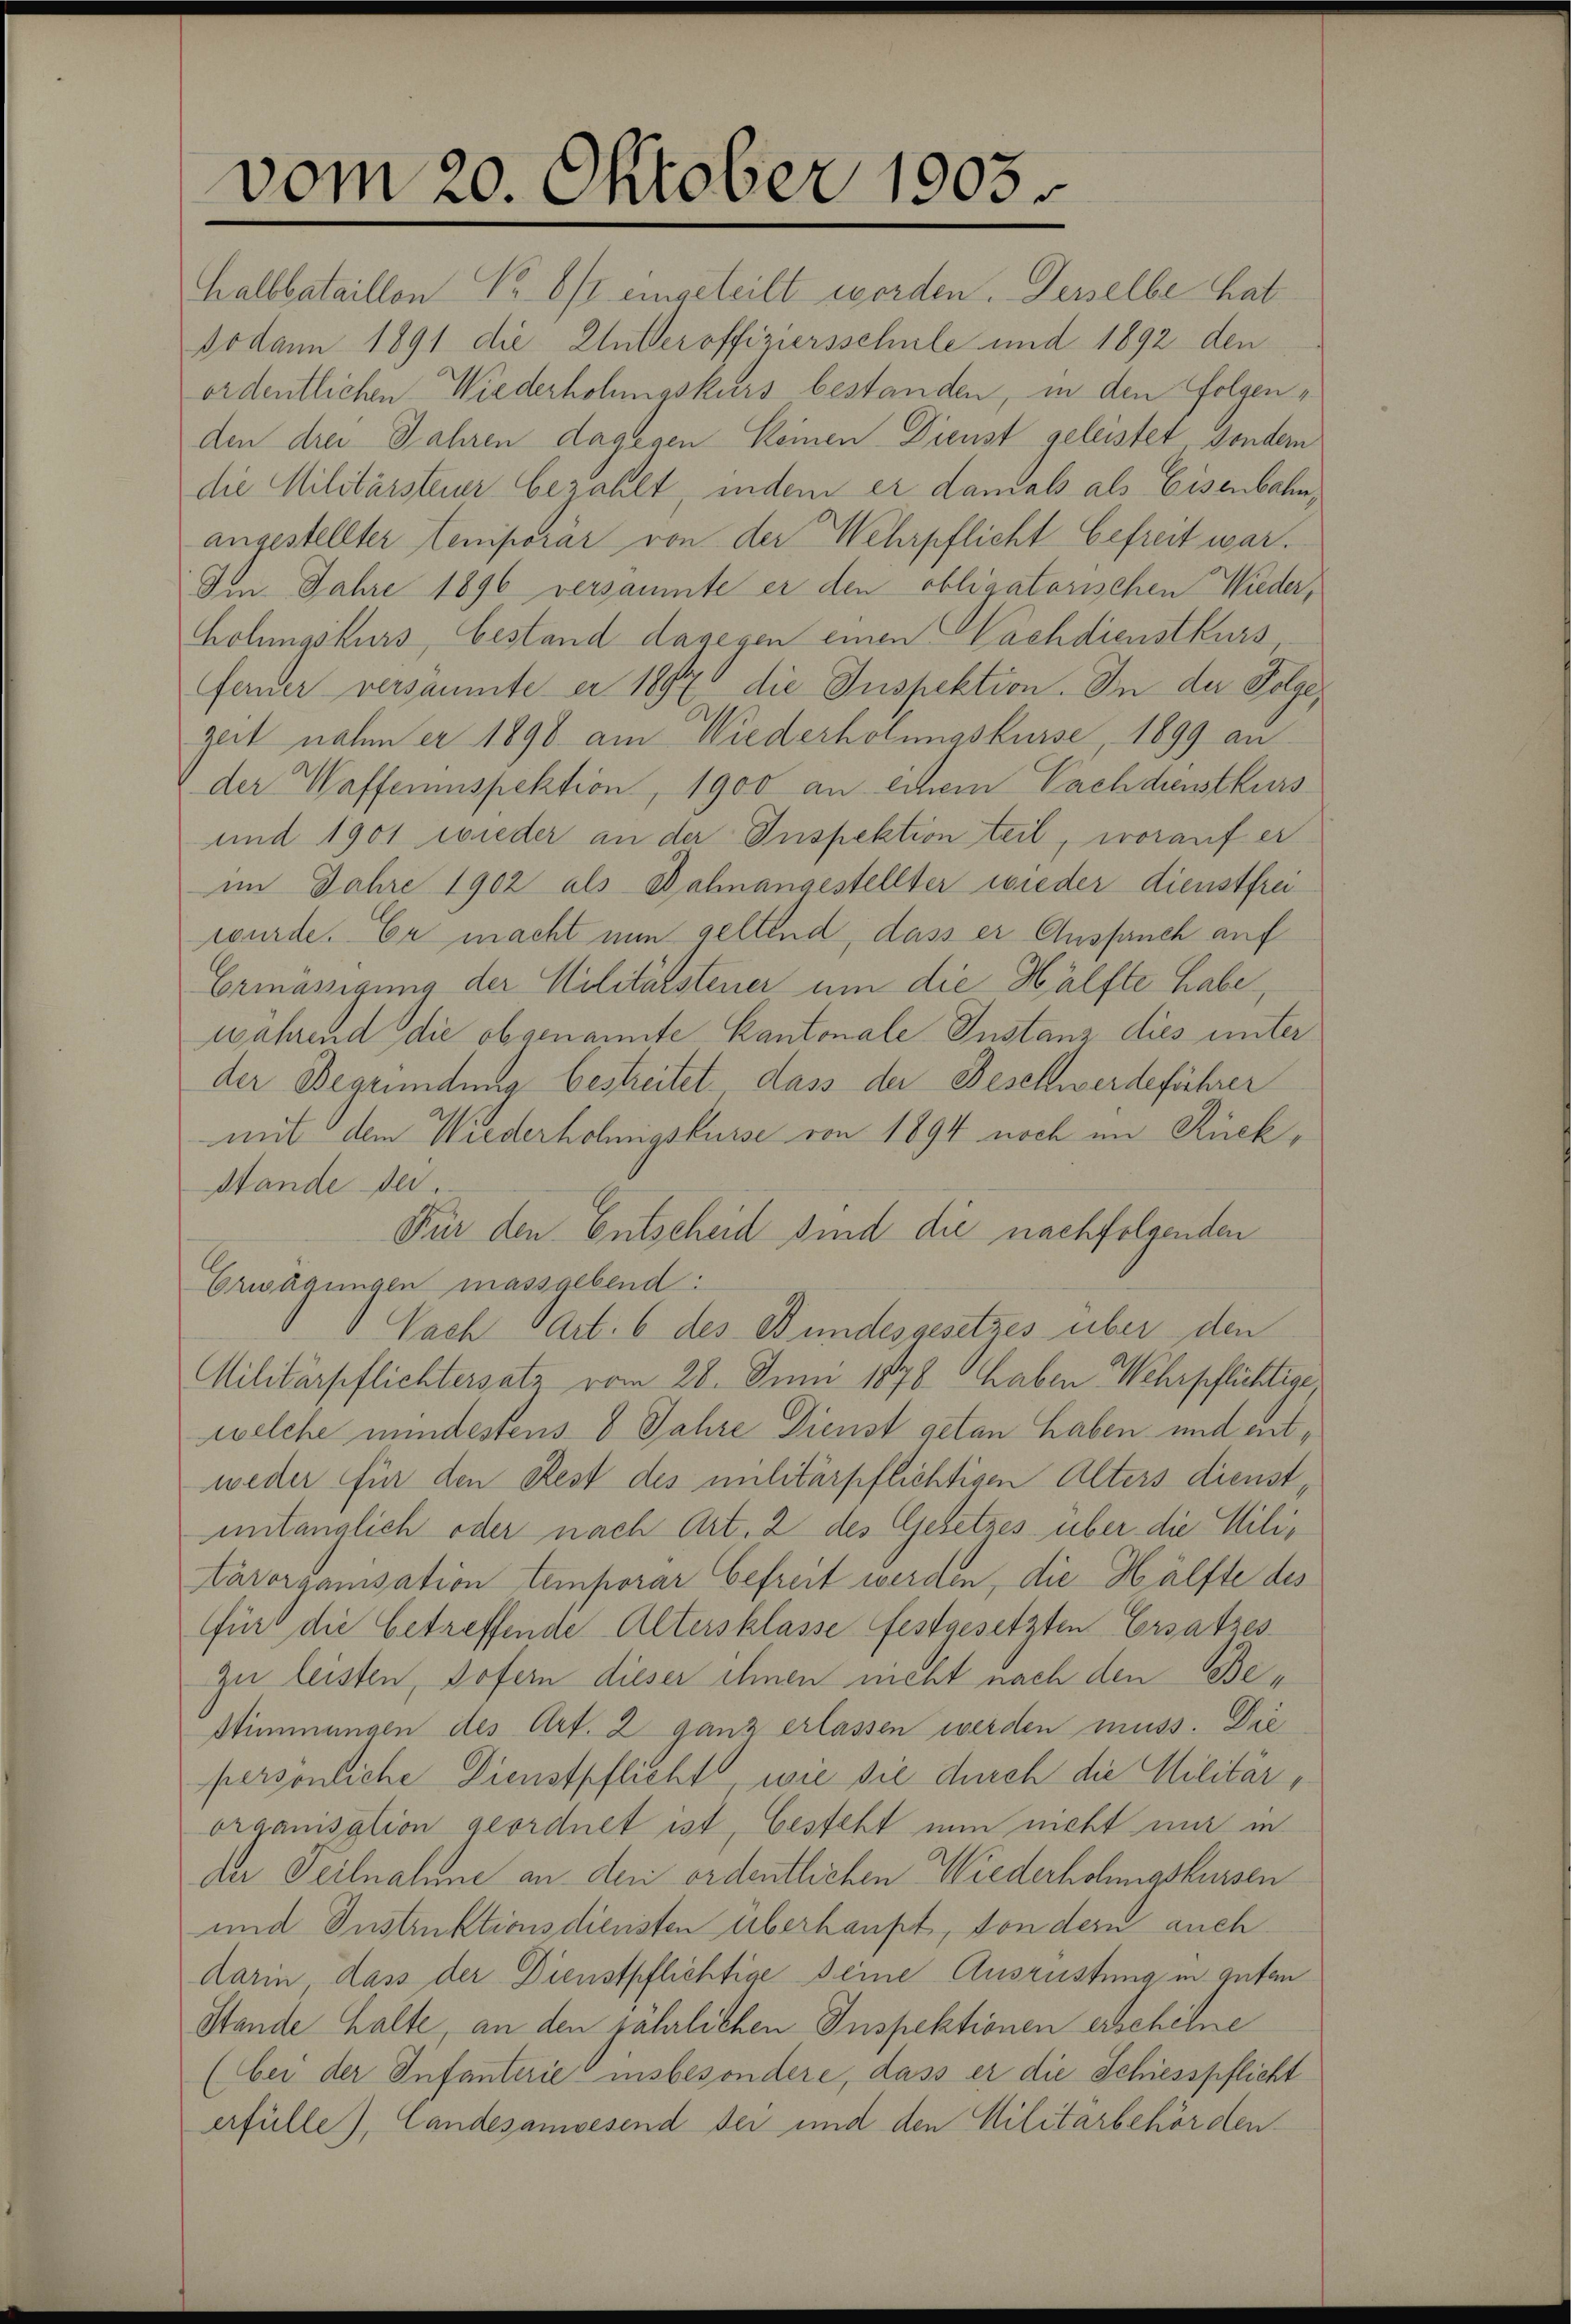
vom 20. Oktober 1905.

halbbataillon No 6/X eingeteilt worden. Derselbe hat
Sodann 1891 die Mutteroffiziersschule und 1892 den
ordentlichen Wiederholungskurs bestanden, in den Folgenden drei Jahren dagegen keinen Dienst geleistet sondern
die Militärsteuer bezahlt, indem er danials als Eisenbahn
angestellter temporär von der Wehrpflicht befreit war.
Im Jahre 1896 versäumte er den obligatorischen Wieder,
holungskurs, bestand dagegen einen Nachdienstkurs
ferner versäumte er 1892 die Inspektion. In der Folge,
Zeit nahm er 1898 am Wiederholungskurse, 1899 an
der Waffeninspektion, 1900 an einem Nachdienstkurs
und 1901 wieder an der Inspektion teil, worauf er
im Jahre 1902 als Dahnangestellter wieder dienstfrei
wurde. Er macht nun geltend, dass er Anspruch auf
Ermässigung der Militärsteuer um die Hälfte habe,
während die obgenannte Kantonale Instanz dies unter
der Begründung bestreitet. dass der Beschwerdeführer
mit dem Wiederholmigskurse von 1894 noch im Rück¬
Stande Dei
Für den Entscheid sind die nachfolgenden
Erwägungen massgebend:
Nach Art. 6 des Bundesgesetzes über den
Militärpflichtersatz vom 28. Juni 1878 haben Wehrpflichtige
welche mindestens 8 Jahre Dienst getan haben und entweder für den Rest des militärpflichtigen Alters dienstunlänglich oder nach Art. 2 des Gesetzes über die Miliarorganisation temporar befreit werden, die Hälfte des
für die betreffende Altersklasse festgesetzten Ersatzes
zu leisten, sofern dieser ihnen nicht nach den Bestimmungen des Art. 2 ganz erlassen werden muss. Die
persönliche Dienstpflicht, wie sie durch die Militärorganisation geordnet ist, besteht nun nicht nur in
der Teilnahme an den ordentlichen Wiederholungskursen
und Instruktionsdiensten überhaupt, sondern auch
darin, dass der Dienstpflichtige Deine Ausrüstung in guten
Stande halte, an den jährlichen Inspektionen erscheine
(bei der Infanterie insbesondere, dass er die Schiesspflicht
erfülle), Landesanwesend der und den Militärbehörden.

e